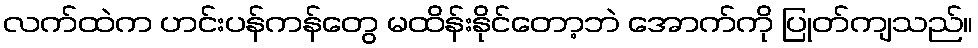
လက်ထဲက ဟင်းပန်ကန်တွေ မထိန်းနိုင်တော့ဘဲ အောက်ကို ပြုတ်ကျသည်။